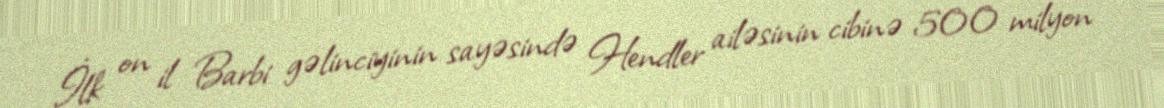
İlk on il Barbi gəlinciyinin sayəsində Hendler ailəsinin cibinə 500 milyon